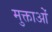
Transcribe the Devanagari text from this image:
मुक्ताओं